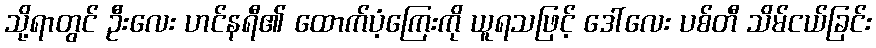
သို့ရာတွင် ဦးလေး ဟင်နရီ၏ ထောက်ပံ့ကြေးကို ယူရသဖြင့် ဒေါ်လေး ပစ်တီ သိမ်ငယ်ခြင်း